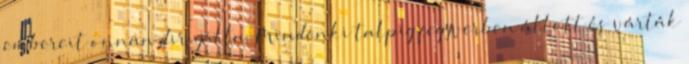
embereit onnan dirigálta. Mindenki talpig fegyverben állott és várták